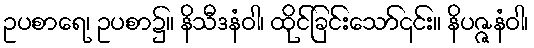
ဥပစာရေ၊ ဥပစာ၌။ နိသီဒနံဝါ၊ ထိုင်ခြင်းသော်၎င်း။ နိပဇ္ဇနံဝါ၊